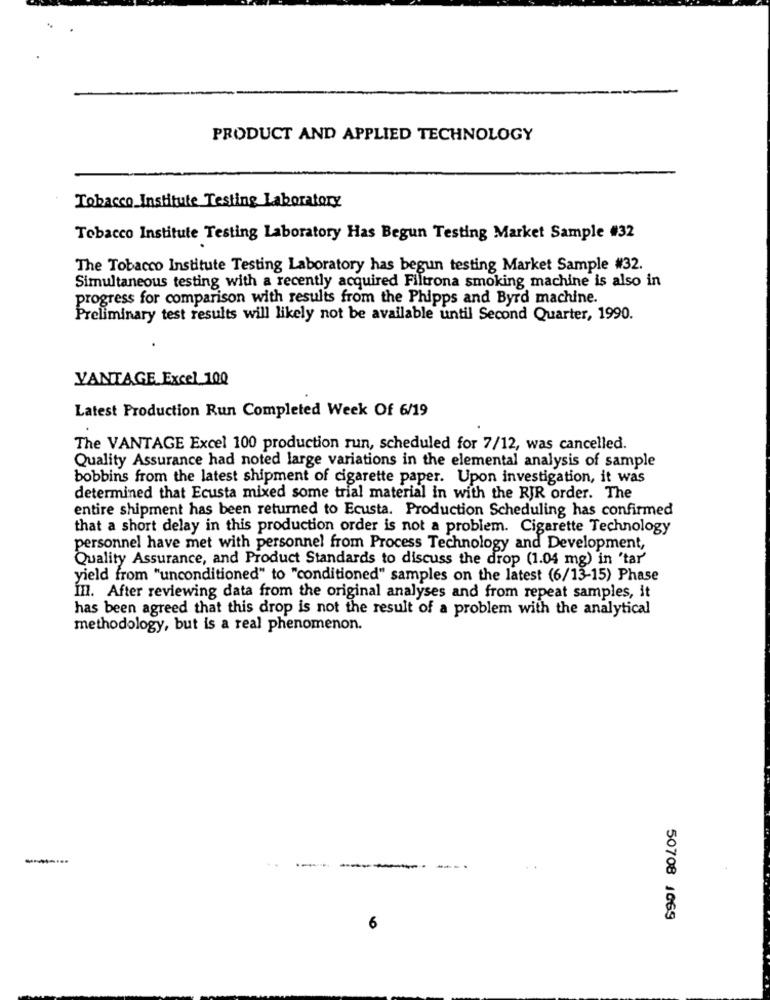
PRODUCT AND APPLIED TECHNOLOGY
Tobacco Institute Testing Laboratory
Tobacco Institute Testing Laboratory Has Begun Testing Market Sample #32
The Tobacco Institute Testing Laboratory has begun testing Market Sample #32.
Simultaneous testing with a recently acquired Filtrona smoking machine is also in
progress for comparison with results from the Phipps and Byrd machine.
Preliminary test results will likely not be available until Second Quarter, 1990.
VANTAGE Excel 100
Latest Production Run Completed Week Of 6/19
The VANTAGE Excel 100 production run, scheduled for 7/12, was cancelled.
Quality Assurance had noted large variations in the elemental analysis of sample
bobbins from the latest shipment of cigarette paper. Upon investigation, it was
determined that Ecusta mixed some trial material in with the RJR order. The
entire shipment has been returned to Ecusta. Production Scheduling has confirmed
that a short delay in this production order is not a problem. Cigarette Technology
personnel have met with personnel from Process Technology and Development,
Quality Assurance, and Product Standards to discuss the drop (1.04 mg) in 'tar'
yield from "unconditioned" to "conditioned" samples on the latest (6/13-15) Phase
In. After reviewing data from the original analyses and from repeat samples, it
has been agreed that this drop is not the result of a problem with the analytical
methodology, but is a real phenomenon.
..
50708 1069
6